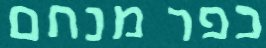
כפר מנחם